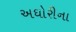
અઘોરીના